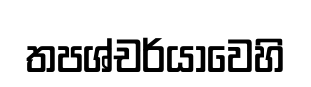
තපශ්චර්යාවෙහි